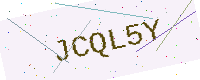
Text: JCQL5Y